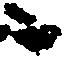
ニ